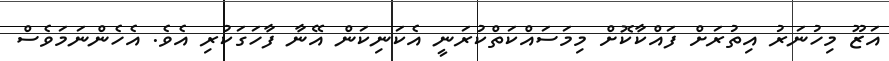
އަޒޫ މިހުނަރު އިތުރަށް ފައްކާކޮށް މިމަސައްކަތްކުރަނީ އެކަނިކަން އޭނާ ފާހަގަކުރި އެވެ. އެހެންނަމަވެސް